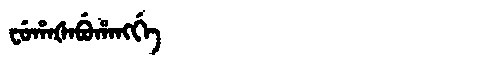
Manchu: ᠸᡠᡥᠠᡧᠠᠪᡠᡥᠠᠩᡤᡝ
Romanization: FUHAŠABUHANGGE